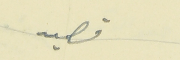
قصيد